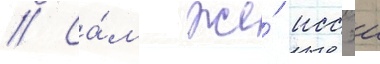
// Са́м же́ иссэи